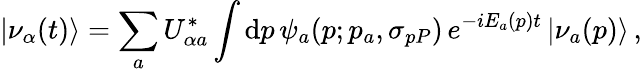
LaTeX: |\nu_{\alpha}(t)\rangle=\sum_{a}U_{{\alpha}a}^{*}\int\mathrm{d}p\, \psi_{a}(p;p_{a},\sigma_{pP})\, e^{-iE_{a}(p)t}\, |\nu_{a}(p)\rangle\, ,